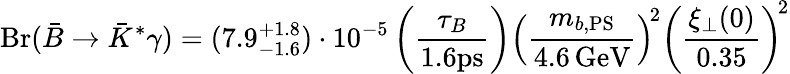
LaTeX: \mathrm{Br}(\bar{B}\to\bar{K}^{*}\gamma)=(7.9_{-1.6}^{+1.8})\cdot 10^{-5}\left(\frac{\tau_{B}}{1.6\mathrm{ps}}\right)\left(\frac{m_{b,\mathrm{PS}}}{4.6\, \mathrm{GeV}}\right)^{\! 2}\left(\frac{\xi_{\perp}(0)}{0.35}\right)^{\! 2}